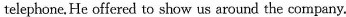
telephone.He offered to show us around the company.